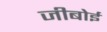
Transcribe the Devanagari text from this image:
जीबोई